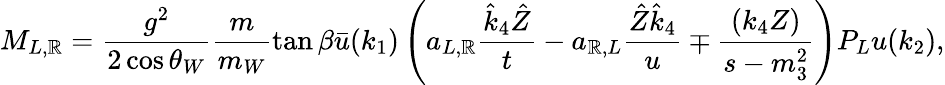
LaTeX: M_{L,\mathbb{R}}=\frac{{g^{2}}}{{2\cos\theta_{W}}}\frac{{m}}{{m_{W}}}\tan\beta\bar{{u}}(k_{1})\left(a_{L,\mathbb{R}}\frac{{\hat{{k}}_{4}\hat{{Z}}}}{{t}}-a_{\mathbb{R},L}\frac{{\hat{{Z}}\hat{{k}}_{4}}}{{u}}\mp\frac{{(k_{4}Z)}}{{s-m_{3}^{2}}}\right)P_{L}u(k_{2}),